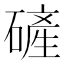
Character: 𪿴